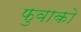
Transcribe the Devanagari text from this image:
फुवाको